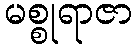
မစ္စုရာဇာ